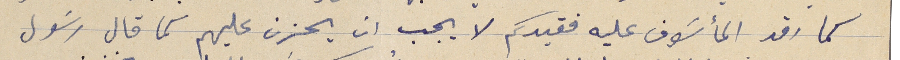
كما رقد المأسَوف عليه فقيدكم لا يجب ان يحزن عليهم كما قال رسَول